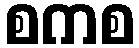
စကစ